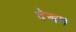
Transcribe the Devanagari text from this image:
देखण